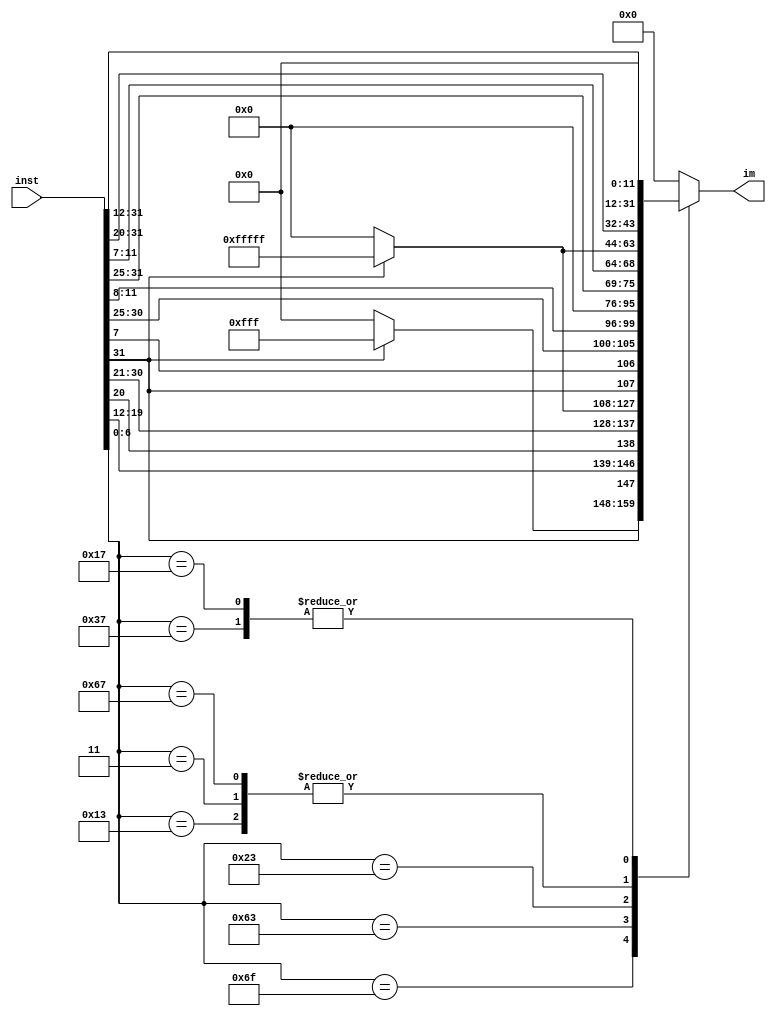
// get the immediate number from the riscv instruction
module ImmGen(
    input [31:0] inst,
    output [31:0] im
);

    // get the immediate number according to the instruction type
    reg [31:0] imm = 0;
    always @(*)
    begin
        case (inst[6:0])
            // addi,slti,andi,ori
            // signal extension
            //7'b0010011: imm = inst[31:20];
            7'b0010011: imm = {inst[31]==1?20'hfffff:20'b0, inst[31:20]};
            // lui
            7'b0110111: imm = {inst[31:12],12'h000};
            // jal
            7'b1101111: imm = {inst[31]==1?12'hfff:12'b0, inst[31],inst[19:12],inst[20],inst[30:21]};
            // beq,bne //  ex_add 
            7'b1100011: imm = {inst[31]==1?20'hfffff:20'b0,inst[31],inst[7],inst[30:25],inst[11:8]};
            // lw
            7'b0000011: imm = {inst[31]==1?20'hfffff:20'b0, inst[31:20]};
            // sw
            7'b0100011: imm = {20'b0, inst[31:25], inst[11:7]};
            // jalr
            7'b1100111: imm = {inst[31]==1?20'hfffff:20'b0, inst[31:20]};
            // auipc
            7'b0010111: imm = {inst[31:12],12'h000};
            default: imm = 0;
        endcase
    end
    assign im = imm;
endmodule